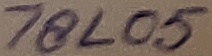
Text: 78L05